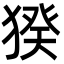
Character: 猤